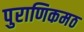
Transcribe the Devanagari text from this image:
पुराणिकमठ